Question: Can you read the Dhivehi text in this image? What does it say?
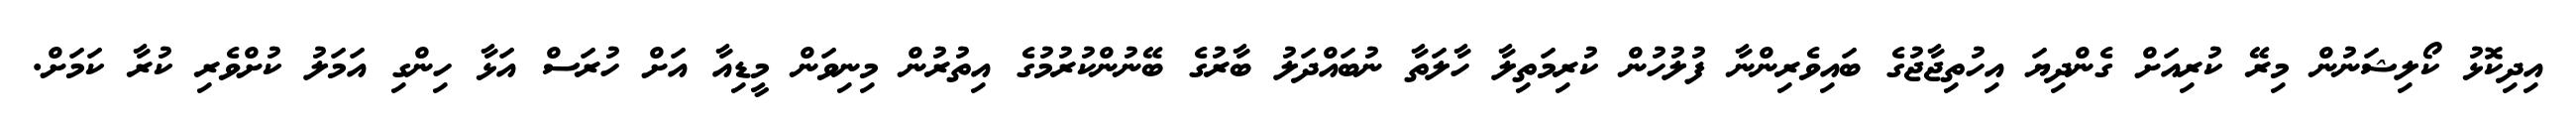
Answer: އިދިކޮޅު ކޯލިޝަނުން މިރޭ ކުރިއަށް ގެންދިޔަ އިހުތިޖާޖުގެ ބައިވެރިންނާ ފުލުހުން ކުރިމަތިލާ ހާލަތާ ނުބައްދަލު ބާރުގެ ބޭނުންކުރުމުގެ އިތުރުން މިނިވަން މީޑިއާ އަށް ހުރަސް އަޅާ ހިންގި އަމަލު ކުށްވެރި ކުރާ ކަމަށް.